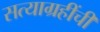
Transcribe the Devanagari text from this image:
सत्याग्रहींची